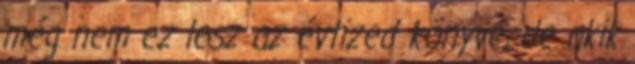
még nem ez lesz az évtized könyve, de akik